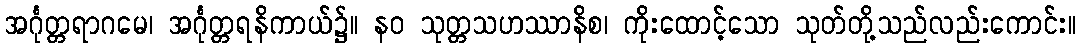
အင်္ဂုတ္တရာဂမေ၊ အင်္ဂုတ္တရနိကာယ်၌။ နဝ သုတ္တသဟဿာနိစ၊ ကိုးထောင့်သော သုတ်တို့သည်လည်းကောင်း။